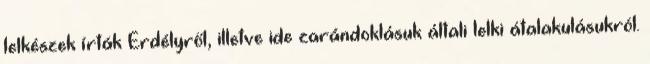
lelkészek írták Erdélyről, illetve ide zarándoklásuk általi lelki átalakulásukról.